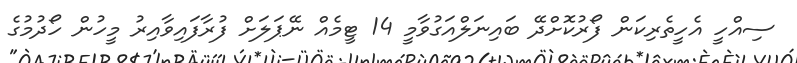
ސިއްހީ އެހީތެރިކަން ފޯރުކޮށްދޭ ބައިނަލްއަގުވާމީ 14 ޓީމެއް ނޭޕަލަށް ފުރާފައިވާއިރު މީހުން ހޯދުމުގެ